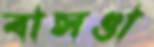
বাসণ্ডা